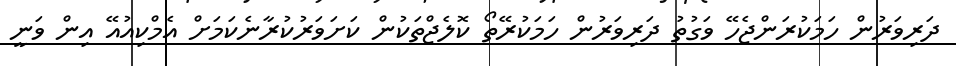
ދަރިވަރުން ހަމަކުރަންޖެހޭ ވަގުތު ދަރިވަރުން ހަމަކުރޭތޯ ކޮލެޖްތަކުން ކަށަވަރުކުރާނެކަމަށް އެމްކިއުއޭ އިން ވަނީ